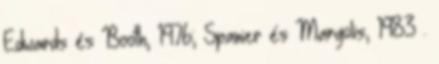
Edwards és Booth, 1976; Spanier és Margolis, 1983 .